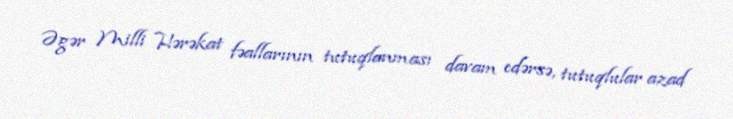
Əgər Milli Hərəkat fəallarının tutuqlanması davam edərsə, tutuqlular azad